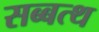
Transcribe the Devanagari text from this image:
सब्बत्थ